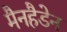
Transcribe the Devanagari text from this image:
मैनहैडेन